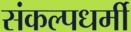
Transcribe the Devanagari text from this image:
संकल्पधर्मी